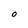
Character: O